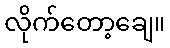
လိုက်တော့ချေ။